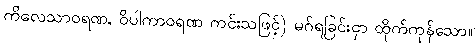
ကိလေသာဝရဏ, ဝိပါကာဝရဏ ကင်းသဖြင့်) မဂ်ရခြင်းငှာ ထိုက်ကုန်သော။